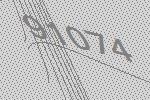
91074